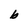
Character: b